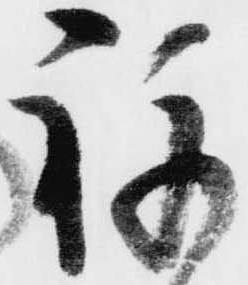
祢